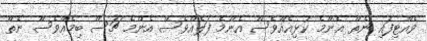
ވެއްޓިފައި ނެތް އެންމެ ކުޅިއެއްވެސް އެންމެ ފަލެއްވެސް އެންމެ ޗަސް ބިމެއްވެސް ނެތޭ